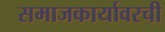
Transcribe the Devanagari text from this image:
समाजकार्यावरची